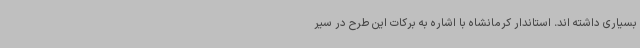
بسیاری داشته اند. استاندار کرمانشاه با اشاره به برکات این طرح در سیر